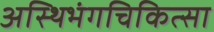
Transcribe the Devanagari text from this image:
अस्थिभंगचिकित्सा